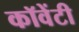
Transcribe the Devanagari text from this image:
कॉवेंटी